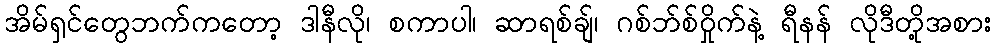
အိမ်ရှင်တွေဘက်ကတော့ ဒါနီလို၊ စကာပါ၊ ဆာရစ်ချ်၊ ဂစ်ဘ်စ်ဝှိုက်နဲ့ ရီနန် လိုဒီတို့အစား